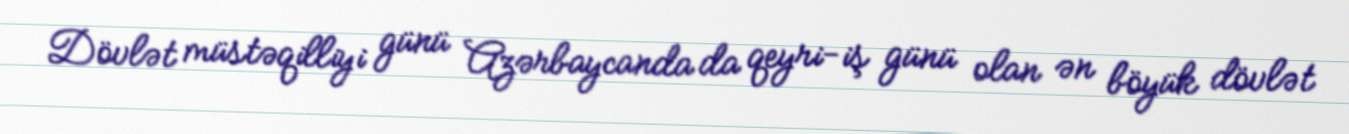
Dövlət müstəqilliyi günü Azərbaycanda da qeyri-iş günü olan ən böyük dövlət